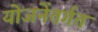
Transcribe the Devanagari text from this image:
योजनेंतर्गत